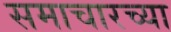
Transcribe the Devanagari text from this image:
समाचारच्या